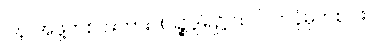
ပန၊ အဖို့တစ်ပါးကား။ (ပဉ္စဒွါရ၌ ထင်လာပုံမှတစ်ပါး